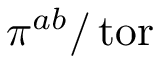
\pi ^ { a b } / \operatorname { t o r }